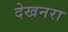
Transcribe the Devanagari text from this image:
देखनरा